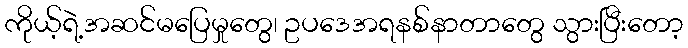
ကိုယ့်ရဲ့အဆင်မပြေမှုတွေ၊ ဥပဒေအရနစ်နာတာတွေ သွားပြီးတော့